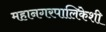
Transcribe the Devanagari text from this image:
महानगरपालिकेशी